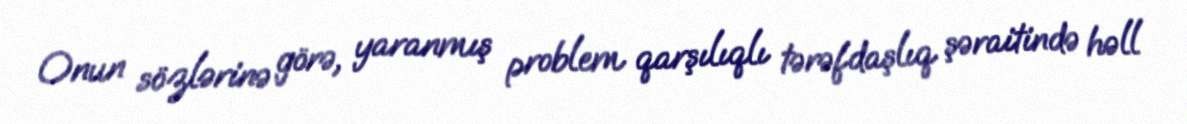
Onun sözlərinə görə, yaranmış problem qarşılıqlı tərəfdaşlıq şəraitində həll